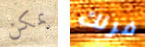
يمكن فرنك